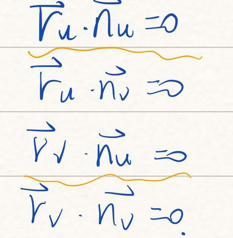
\begin{align*}
\frac{\vec{r}_u \cdot \vec{n}_u = 0}{\vec{r}_u \cdot \vec{n}_v = 0}\\
\frac{\vec{r}_v \cdot \vec{n}_u = 0}{\vec{r}_v \cdot \vec{n}_v = 0}
\end{align*}